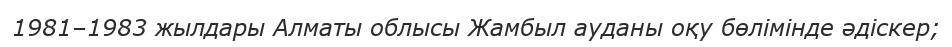
1981–1983 жылдары Алматы облысы Жамбыл ауданы оқу бөлімінде әдіскер;